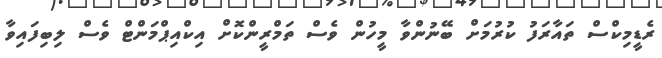
ރެޑީމިކްސް ތައާރަފު ކުރުމަށް ބޭނުންވާ މީހުން ވެސް ތަމްރީންކޮށް އިކްއިޕްމަންޓް ވެސް ލިބިފައިވާ